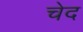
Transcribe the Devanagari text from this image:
चेद